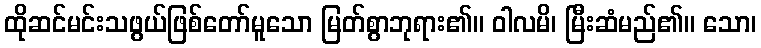
ထိုဆင်မင်းသဖွယ်ဖြစ်တော်မူသော မြတ်စွာဘုရား၏။ ဝါလမိ၊ မြီးဆံမည်၏။ သော၊